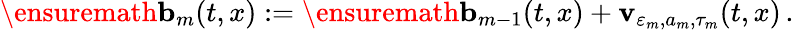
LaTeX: \ensuremath{\mathbf{b}}_{m}(t,x):=\ensuremath{\mathbf{b}}_{m-1}(t,x)+\mathbf{v}_{\varepsilon_{m},a_{m},\tau_{m}}(t,x)\, .